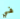
في